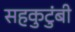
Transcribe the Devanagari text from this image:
सहकुटुंबी